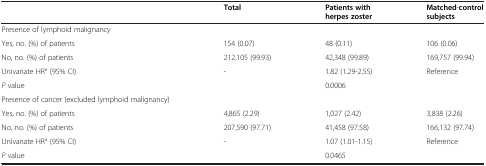
|  | Total | Patients with herpes zoster | Matched-control subjects |
 | --- | --- | --- | --- |
 | Presence of lymphoid malignancy |  |  |  |
 | Yes, no. (%) of patients | 154 (0.07) | 48 (0.11) | 106 (0.06) |
 | No, no. (%) of patients | 212,105 (99.93) | 42,348 (99.89) | 169,757 (99.94) |
 | Univariate HRa (95% CI) | - | 1.82 (1.29-2.55) | Reference |
 | P value |  | 0.0006 |  |
 | Presence of cancer (excluded lymphoid malignancy) |  |  |  |
 | Yes, no. (%) of patients | 4,865 (2.29) | 1,027 (2.42) | 3,838 (2.26) |
 | No, no. (%) of patients | 207,590 (97.71) | 41,458 (97.58) | 166,132 (97.74) |
 | Univariate HRa (95% CI) | - | 1.07 (1.01-1.15) | Reference |
 | P value |  | 0.0465 |  |